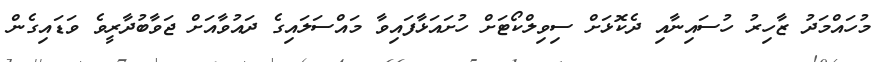
މުހައްމަދު ޒާހިރު ހުސައިނާއި ދެކޮޅަށް ސިވިލްކޯޓަށް ހުށައަޅާފައިވާ މައްސަލައިގެ ދައުވާއަށް ޖަވާބުދާރީވެ ވަޑައިގެން